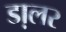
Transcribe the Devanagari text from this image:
डा़लर